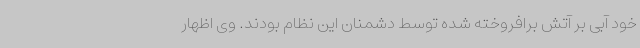
خود آبی بر آتش برافروخته شده توسط دشمنان این نظام بودند. وی اظهار